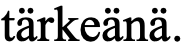
tärkeänä.